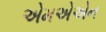
એમએએન